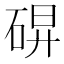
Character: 𰧀